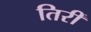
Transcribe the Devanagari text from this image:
तिरीं